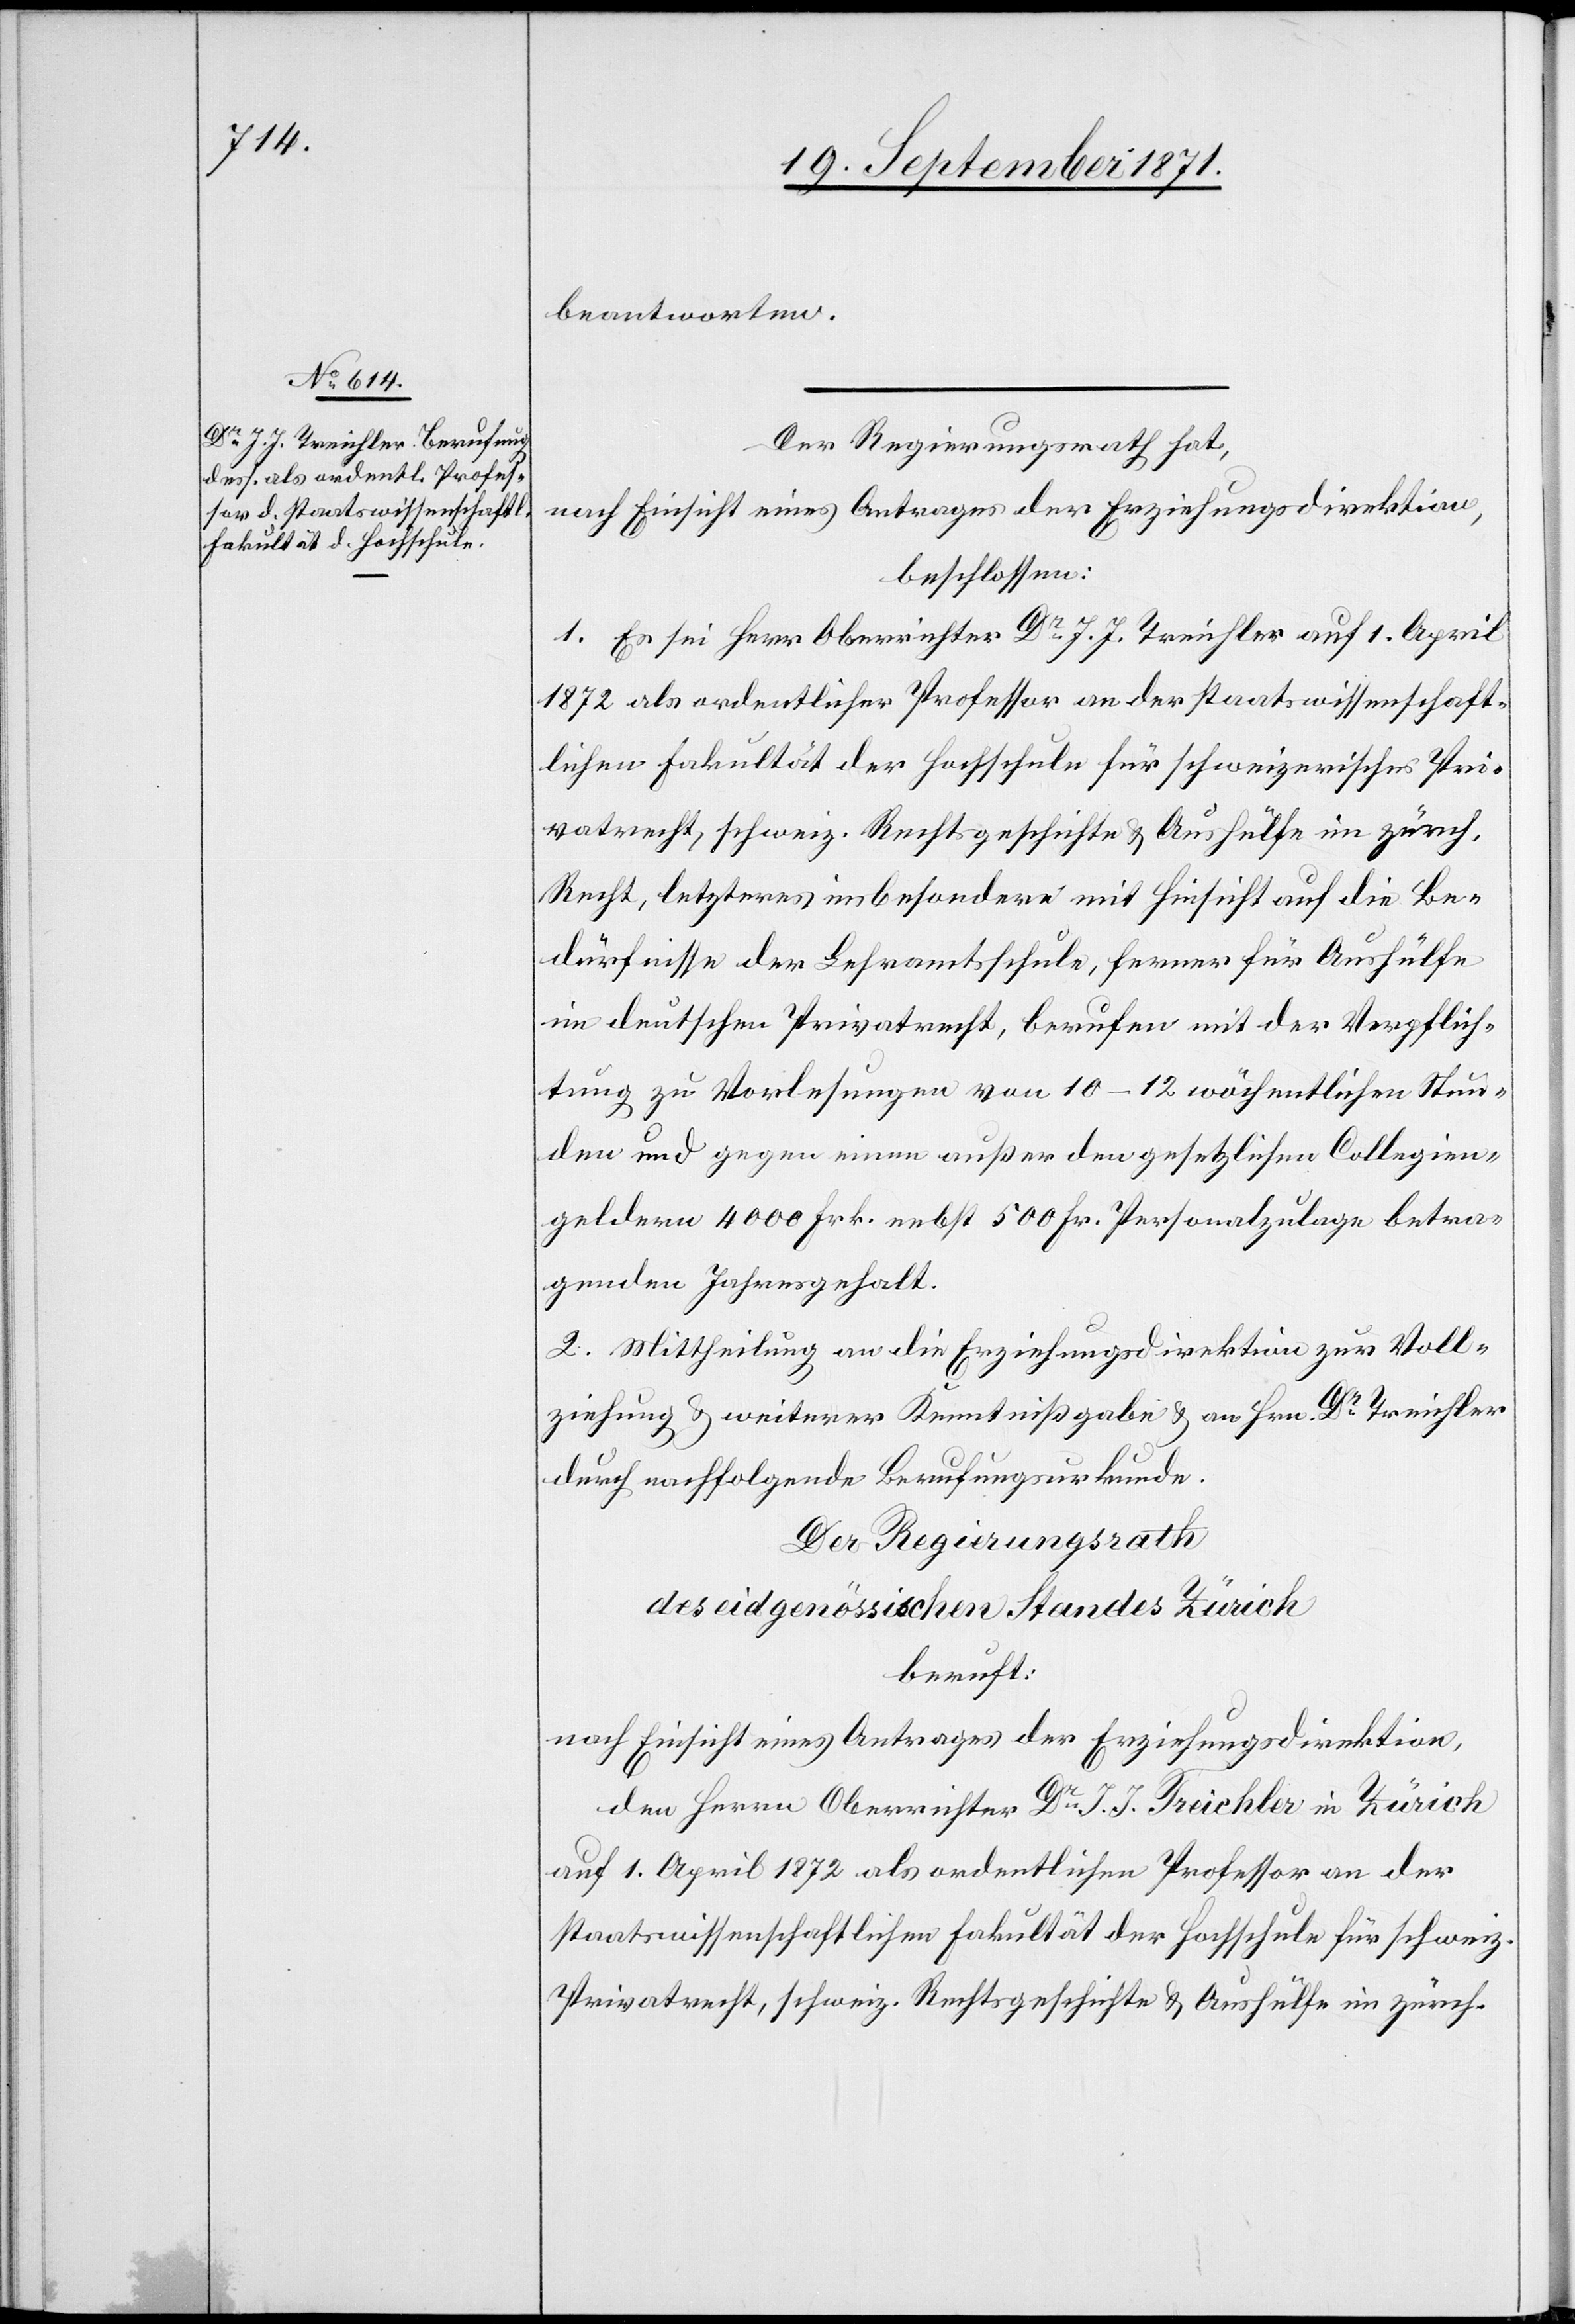
beantworten.
Der Regierungsrath hat,
nach Einsicht eines Antrages der Erziehungsdirektion,
beschlossen:
1. Es sei Herr Oberrichter Dr J. J. Treichler auf 1. April
1872 als ordentlicher Professor an der staatswissenschaft¬
lichen Fakultät der Hochschule für schweizerisches Pri¬
vatrecht, schweiz. Rechtsgeschichte & Aushülfe in zürch.
Recht, letzteres insbesondere mit Hinsicht auf die Be¬
dürfnisse der Lehramtsschule, ferner für Aushülfe
im deutschen Privatrecht, berufen mit der Verpflich¬
tung zu Vorlesungen von 10–12 wöchentlichen Stun¬
den und gegen einen außer den gesetzlichen Collegien¬
geldern 4000 Frk. nebst 500 Fr. Personalzulage betra¬
genden Jahresgehalt.
2. Mittheilung an die Erziehungsdirektion zur Voll¬
ziehung & weiterer Kenntnißgabe & an Hrn. Dr Treichler
durch nachfolgende Berufungsurkunde.
Der Regierungsrath
des eidgenössischen Standes Zürich
beruft:
nach Einsicht eines Antrages der Erziehungsdirektion,
den Herrn Oberrichter Dr J. J. Treichler in Zürich
auf 1. April 1872 als ordentlichen Professor an der
staatswissenschaftlichen Fakultät der Hochschule für schweiz.
Privatrecht, schweiz. Rechtsgeschichte & Aushülfe im zürch.